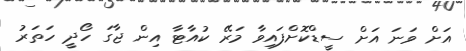
އަށް ވަނަ އަށް ސީޑްކޮށްފައިވާ މަރޭ ކުއާޓާ އިން ޖާގަ ހޯދީ ހަތަރު